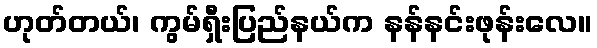
ဟုတ်တယ်၊ ကွမ်ရှီးပြည်နယ်က နန်နင်းဖုန်းလေ။